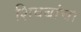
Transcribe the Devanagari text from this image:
शिवबांचा